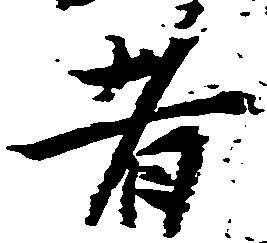
者